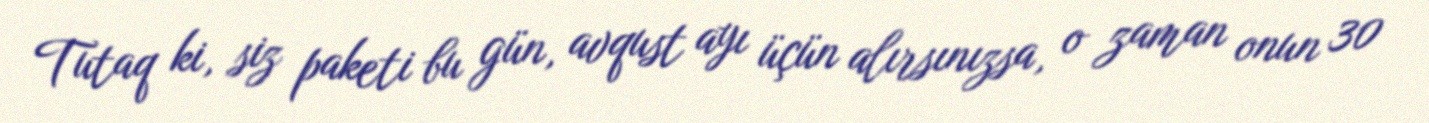
Tutaq ki, siz paketi bu gün, avqust ayı üçün alırsınızsa, o zaman onun 30